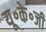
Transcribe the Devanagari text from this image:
यू॰के॰जी